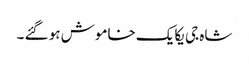
شاہ جی یکایک خاموش ہو گئے ۔